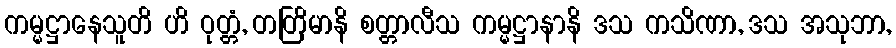
ကမ္မဋ္ဌာနေသူတိ ဟိ ဝုတ္တံ, တတြိမာနိ စတ္တာလီသ ကမ္မဋ္ဌာနာနိ ဒသ ကသိဏာ, ဒသ အသုဘာ,